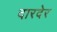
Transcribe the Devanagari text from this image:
दारदेर